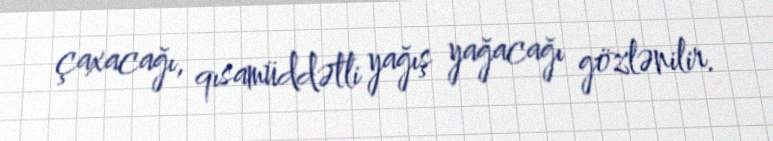
çaxacağı, qısamüddətli yağış yağacağı gözlənilir.